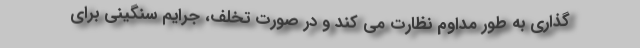
گذاری به طور مداوم نظارت می کند و در صورت تخلف، جرایم سنگینی برای